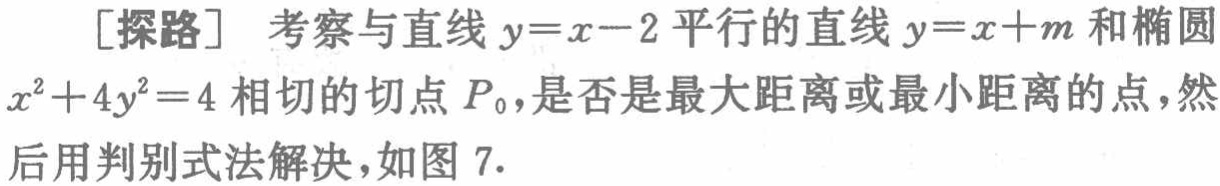
[探路] 考察与直线 \(y = x - 2\) 平行的直线 \(y = x + m\) 和椭圆 \(x^{2}+4y^{2}=4\) 相切的切点 \(P_{0}\)，是否是最大距离或最小距离的点，然后用判别式法解决，如图 7.